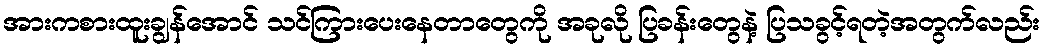
အားကစားထူးချွန်အောင် သင်ကြားပေးနေတာတွေကို အခုလို ပြခန်းတွေနဲ့ ပြသခွင့်ရတဲ့အတွက်လည်း